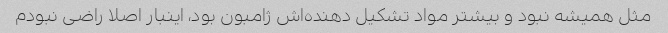
مثل همیشه نبود و بیشتر مواد تشکیل دهنده‌اش ژامبون بود، اینبار اصلا راضی نبودم